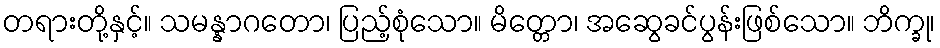
တရားတို့နှင့်။ သမန္နာဂတော၊ ပြည့်စုံသော။ မိတ္တော၊ အဆွေခင်ပွန်းဖြစ်သော။ ဘိက္ခု၊